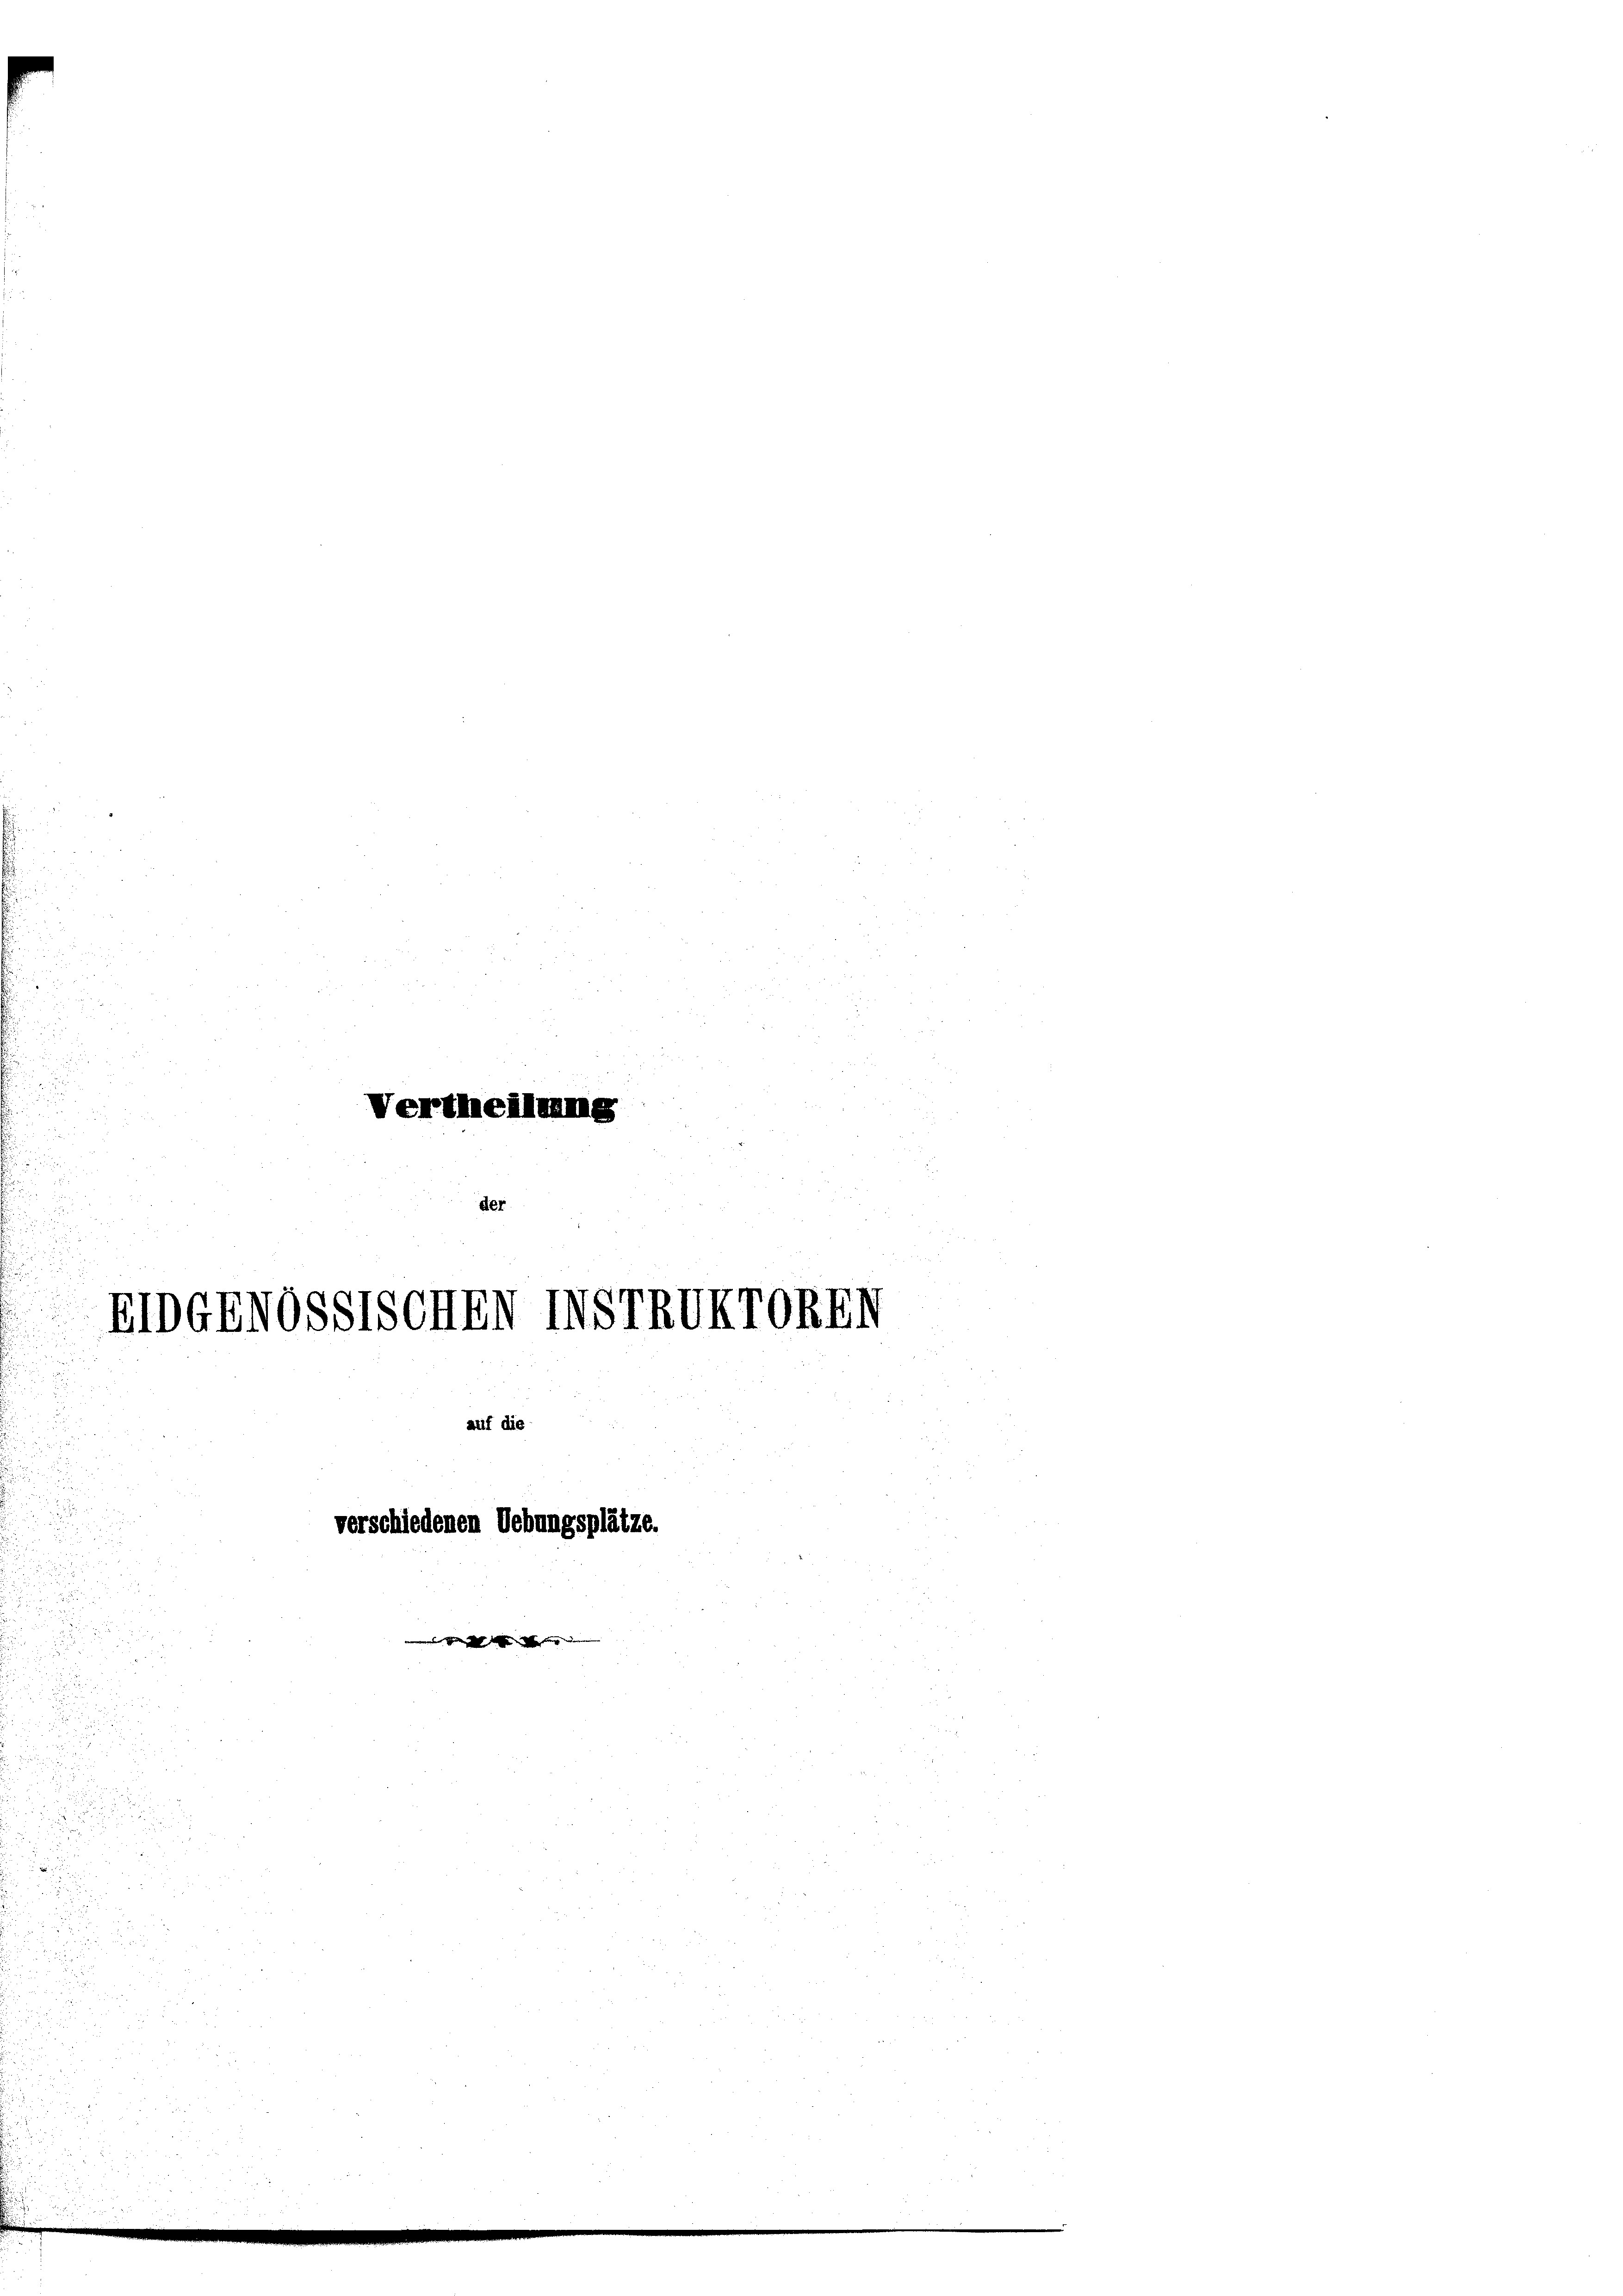
75
n

Vertheilung
1
.

der

EIDGENOSSTSCHEN IVSTRUI
auf die

d
 20 x

verschiede

TOREN